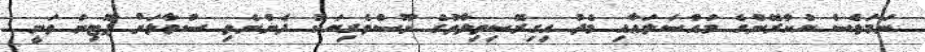
ނަމަވެސް ޔުކްރޭންގެ މައްސަލައާއި މެދު އިގިރޭސިވިލާތުގެ ނޫސްވެރިޔަކު ދެންނެވި ސުވާލަށް ޕޫޓިން ވަނީ